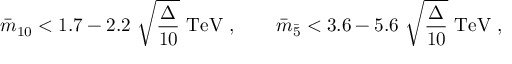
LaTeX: { \bar { m } } _ { 1 0 } < 1 . 7 - 2 . 2 ~ \sqrt { \frac { \Delta } { 1 0 } } ~ \mathrm { T e V } ~ , ~ ~ ~ ~ ~ ~ { \bar { m } } _ { \bar { 5 } } < 3 . 6 - 5 . 6 ~ \sqrt { \frac { \Delta } { 1 0 } } ~ \mathrm { T e V } ~ ,